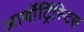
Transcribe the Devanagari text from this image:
आर्बोर्ट्रिस्टिस